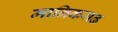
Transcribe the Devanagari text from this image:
मानिकगढ